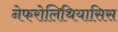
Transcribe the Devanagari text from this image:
नेफरोलिथियासिस